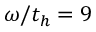
\omega / t _ { h } = 9